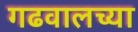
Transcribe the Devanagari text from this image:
गढवालच्या